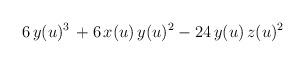
LaTeX: \begin{align*}6 \, y(u)^3 \, + 6 \, x(u) \, y(u)^2 - 24 \,y(u) \, z(u)^2\end{align*}